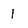
Character: l